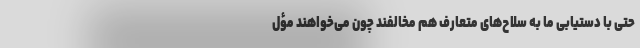
حتی با دستیابی ما به سلاح‌های متعارف هم مخالفند چون می‌خواهند مؤل